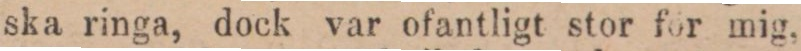
ska ringa, dock var ofantligt stor för mig,